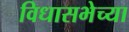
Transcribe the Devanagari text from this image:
विधासभेच्या